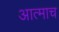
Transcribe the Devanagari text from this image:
आत्माच